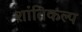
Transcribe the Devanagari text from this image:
शांतिकल्प